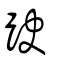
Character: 趹